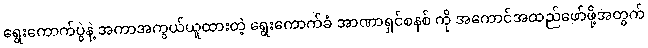
ရွေးကောက်ပွဲနဲ့ အကာအကွယ်ယူထားတဲ့ ရွေးကောက်ခံ အာဏာရှင်စနစ် ကို အကောင်အထည်ဖော်ဖို့အတွက်